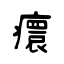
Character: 癏